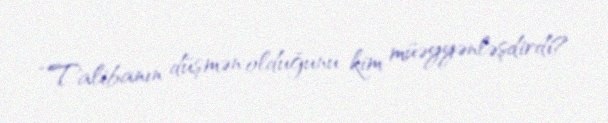
“Talibanın düşmən olduğunu kim müəyyənləşdirdi?.